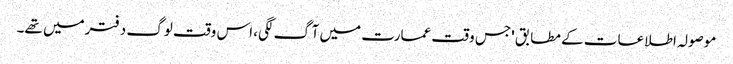
موصولہ اطلاعات کے مطابق 'جس وقت عمارت میں آگ لگی، اس وقت لوگ دفترمیں تھے۔